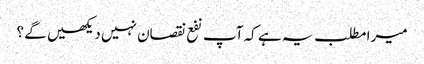
میرا مطلب یہ ہے کہ آپ نفع نقصان نہیں دیکھیں گے ؟